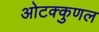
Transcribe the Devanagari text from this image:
ओटक्कुणल